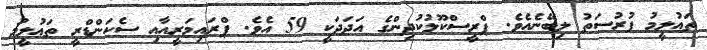
ތަޢުލީމު ފުރުސަތު ލިބޭނެއެވެ. ޕްރީސްކޫލުކުދިންގެ އަދަދަކީ 59 އެވެ. ޕްރައިމަރީއާއި ސެކަންޑްރީ ތަޢުލީމު